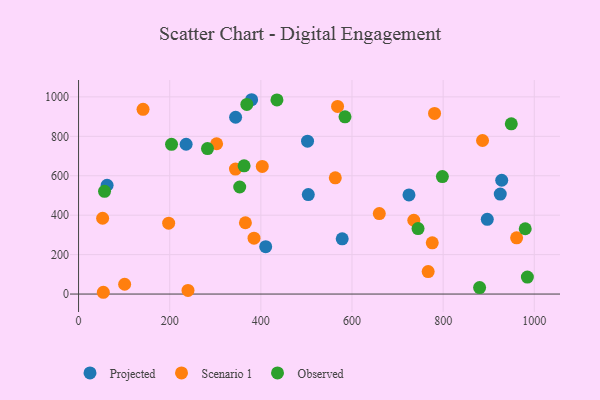
{"axis": {"x": "Study Hours", "y": "Salary"}, "legend": ["Observed", "Projected", "Scenario 1"], "data": [{"x": "928.5", "y": 577.2, "type": "Projected"}, {"x": "236.0", "y": 759.7, "type": "Projected"}, {"x": "578.5", "y": 280.2, "type": "Projected"}, {"x": "344.6", "y": 896.7, "type": "Projected"}, {"x": "379.7", "y": 985.6, "type": "Projected"}, {"x": "410.6", "y": 240.1, "type": "Projected"}, {"x": "896.8", "y": 379.2, "type": "Projected"}, {"x": "62.6", "y": 551.7, "type": "Projected"}, {"x": "925.3", "y": 507.0, "type": "Projected"}, {"x": "504.1", "y": 504.4, "type": "Projected"}, {"x": "725.0", "y": 502.6, "type": "Projected"}, {"x": "502.4", "y": 775.2, "type": "Projected"}, {"x": "781.1", "y": 916.2, "type": "Scenario 1"}, {"x": "568.3", "y": 951.6, "type": "Scenario 1"}, {"x": "776.1", "y": 259.9, "type": "Scenario 1"}, {"x": "735.6", "y": 374.2, "type": "Scenario 1"}, {"x": "767.1", "y": 114.2, "type": "Scenario 1"}, {"x": "344.3", "y": 634.0, "type": "Scenario 1"}, {"x": "302.9", "y": 762.3, "type": "Scenario 1"}, {"x": "403.1", "y": 647.1, "type": "Scenario 1"}, {"x": "659.9", "y": 408.1, "type": "Scenario 1"}, {"x": "385.0", "y": 283.5, "type": "Scenario 1"}, {"x": "366.1", "y": 361.5, "type": "Scenario 1"}, {"x": "141.5", "y": 936.8, "type": "Scenario 1"}, {"x": "52.8", "y": 384.5, "type": "Scenario 1"}, {"x": "240.1", "y": 18.6, "type": "Scenario 1"}, {"x": "886.4", "y": 778.9, "type": "Scenario 1"}, {"x": "563.3", "y": 589.7, "type": "Scenario 1"}, {"x": "961.2", "y": 285.0, "type": "Scenario 1"}, {"x": "101.1", "y": 49.6, "type": "Scenario 1"}, {"x": "197.7", "y": 359.5, "type": "Scenario 1"}, {"x": "54.3", "y": 9.0, "type": "Scenario 1"}, {"x": "949.5", "y": 863.6, "type": "Observed"}, {"x": "57.0", "y": 520.8, "type": "Observed"}, {"x": "984.8", "y": 86.0, "type": "Observed"}, {"x": "204.0", "y": 759.6, "type": "Observed"}, {"x": "744.9", "y": 332.2, "type": "Observed"}, {"x": "880.0", "y": 32.9, "type": "Observed"}, {"x": "369.2", "y": 961.8, "type": "Observed"}, {"x": "435.3", "y": 984.8, "type": "Observed"}, {"x": "584.6", "y": 899.1, "type": "Observed"}, {"x": "282.9", "y": 737.7, "type": "Observed"}, {"x": "798.3", "y": 595.9, "type": "Observed"}, {"x": "363.2", "y": 650.2, "type": "Observed"}, {"x": "980.1", "y": 331.2, "type": "Observed"}, {"x": "353.6", "y": 542.9, "type": "Observed"}]}